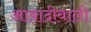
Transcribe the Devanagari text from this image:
आबादीवाली